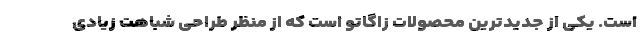
است. یکی از جدیدترین محصولات زاگاتو است که از منظر طراحی شباهت زیادی